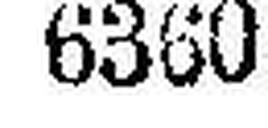
6360